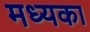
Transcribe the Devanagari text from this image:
मध्यका